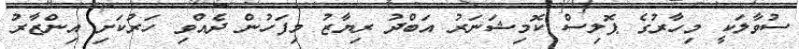
ސުވާލަކީ މިހާރުގެ ޕޮލިސް ކޮމިޝަނަރު އަބްދު ރިޔާޒު މިފަހުން ދެއްވި ހަރުކަށި އިންޒާރު